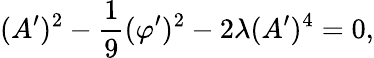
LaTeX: (A^{\prime})^{2}-\frac{1}{9}(\varphi^{\prime})^{2}-2\lambda(A^{\prime})^{4}=0,